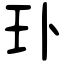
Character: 㺪